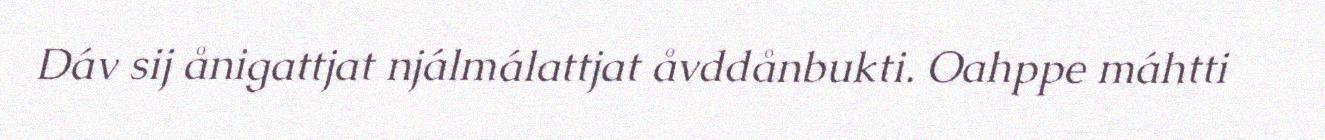
Dáv sij ånigattjat njálmálattjat åvddånbukti. Oahppe máhtti